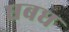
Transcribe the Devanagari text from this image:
धबध